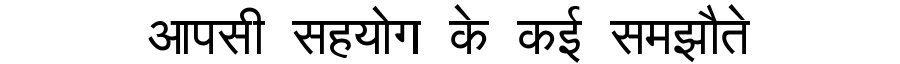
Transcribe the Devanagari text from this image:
आपसी सहयोग के कई समझौते